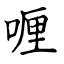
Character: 喱